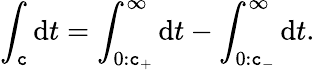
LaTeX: \int_{\mathtt{c}}\mathrm{{d}}t=\int_{0:\mathtt{c}_{+}}^{\infty}\mathrm{{d}}t-\int_{0:\mathtt{c}_{-}}^{\infty}\mathrm{{d}}t.